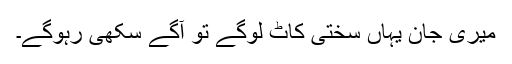
میری جان یہاں سختی کاٹ لوگے تو آگے سُکھی رہوگے۔